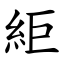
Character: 䋌